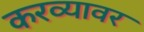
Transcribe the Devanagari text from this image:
करव्यावर